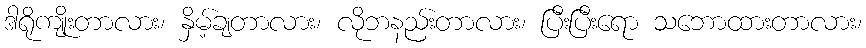
ဒါရိုကျိုးတာလား၊ နှိမ့်ချတာလား၊ လိုဘနည်းတာလား၊ ပြီးပြီးရော သဘောထားတာလား၊